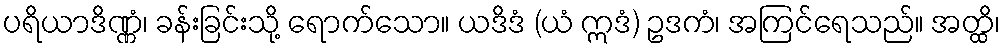
ပရိယာဒိဏ္ဏံ၊ ခန်းခြင်းသို့ ရောက်သော။ ယဒိဒံ (ယံ ဣဒံ) ဥဒကံ၊ အကြင်ရေသည်။ အတ္ထိ၊